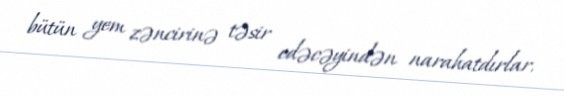
bütün yem zəncirinə təsir edəcəyindən narahatdırlar.